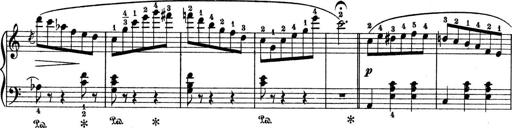
Title: 9 Sonatinen
Composer: Alexander Winterberger